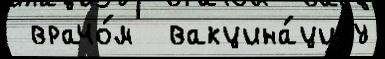
 врачо́м  вакцина́циjу